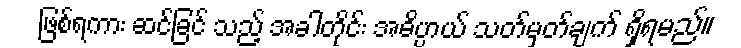
ဖြစ်ရကား ဆင်ခြင် သည့် အခါတိုင်း အဓိပ္ပာယ် သတ်မှတ်ချက် ရှိရမည်။